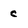
Character: c